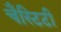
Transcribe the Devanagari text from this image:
चैस्टिटी